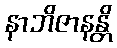
နာဘိဇာနန္တိ